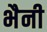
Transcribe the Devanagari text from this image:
भैनी